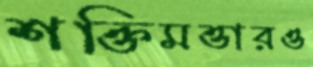
শক্তিমত্তারও